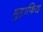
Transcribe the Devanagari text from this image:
मुहाफिद